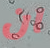
ان